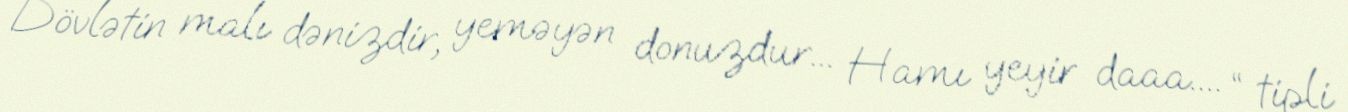
Dövlətin malı dənizdir, yeməyən donuzdur... Hamı yeyir daaa.... “ tipli